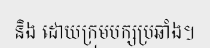
និង ដោយក្រុមបក្សប្រឆាំង។